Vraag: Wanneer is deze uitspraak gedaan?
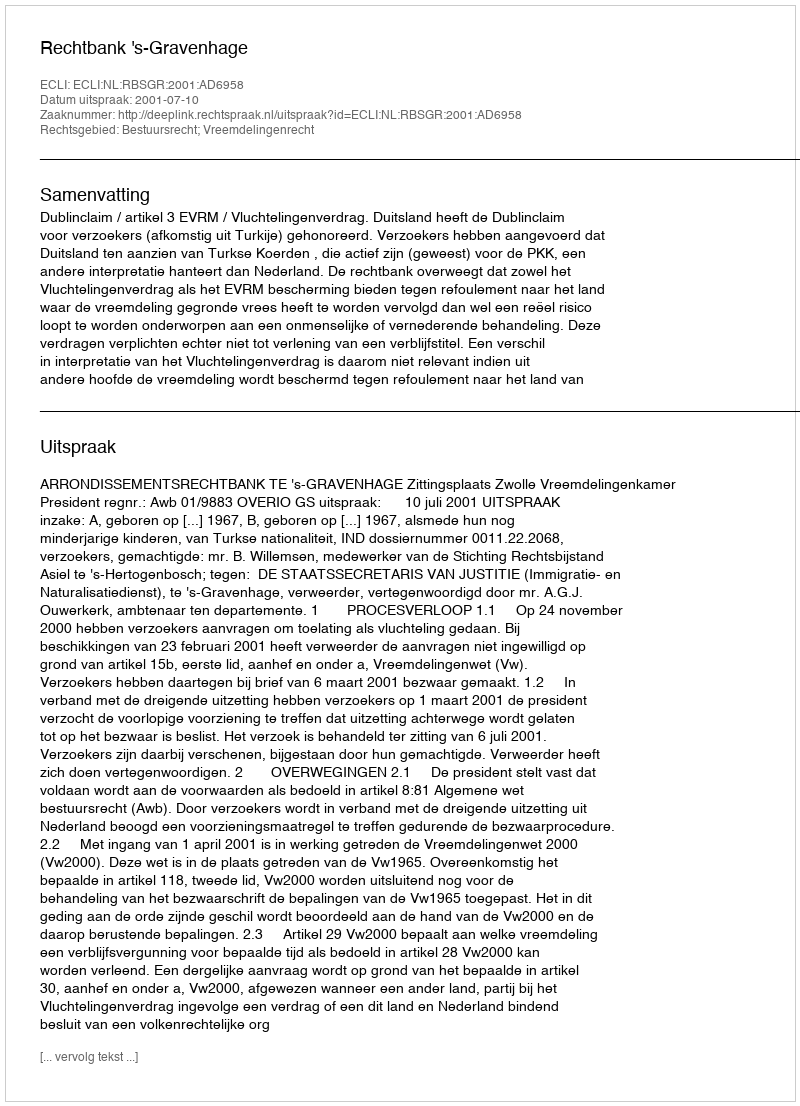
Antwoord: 2001-07-10